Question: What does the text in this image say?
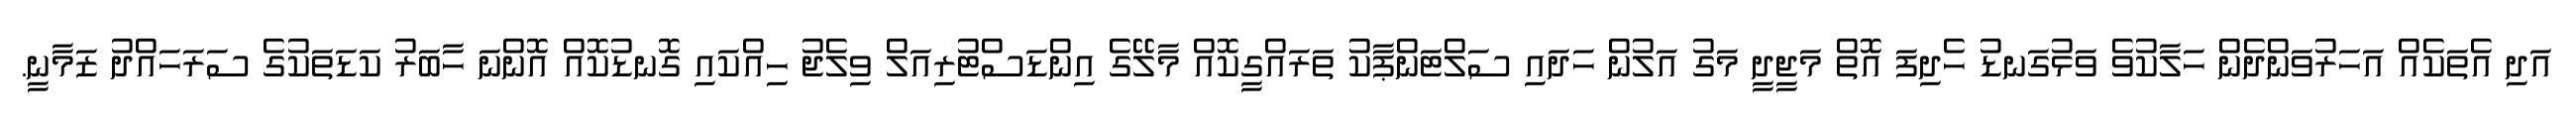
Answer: އަދި އެތަކެއް އަހަރުވަންދެން ހަލާކުވެ ވަޅުގަނޑު ހެދިފަ އޮތް މަޖީދީ މަގު އަލުން ހަދައި ސަލްޓަންޕާކު ތަރައްގީކޮއް މާލޭގެ އިންޑަސްޓުރިއަލް ވިލެޖު ހިއްކައި ގޮނޑުކޮއް އޮންނަ ހާބަރު ކަޑަތަކުގެ ސަރަހައްދު ޒަމާނީ.